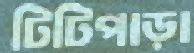
টিটিপাড়া